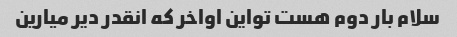
سلام بار دوم هست تو‌این اواخر که انقدر دیر میارین